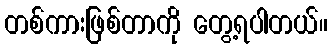
တစ်ကားဖြစ်တာကို တွေ့ရပါတယ်။